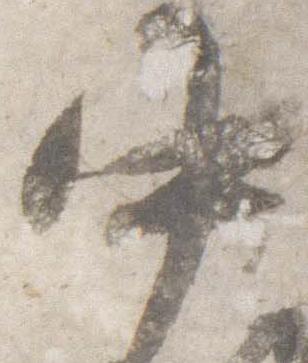
中